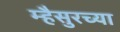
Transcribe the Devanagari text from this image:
म्हैसुरच्या